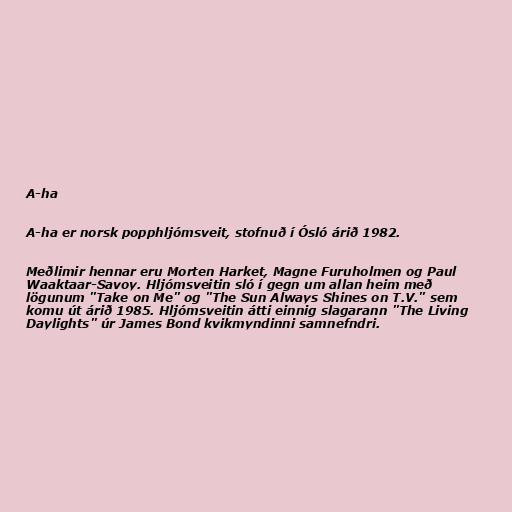
A-ha

A-ha er norsk popphljómsveit, stofnuð í Ósló árið 1982.

Meðlimir hennar eru Morten Harket, Magne Furuholmen og Paul
Waaktaar-Savoy. Hljómsveitin sló í gegn um allan heim með
lögunum "Take on Me" og "The Sun Always Shines on T.V." sem
komu út árið 1985. Hljómsveitin átti einnig slagarann "The Living
Daylights" úr James Bond kvikmyndinni samnefndri.